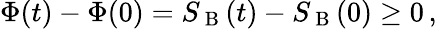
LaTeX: \begin{array}{r}{\Phi(t)-\Phi(0)=S_{\mathrm{~B~}}(t)-S_{\mathrm{~B~}}(0)\geq 0\, ,}\end{array}